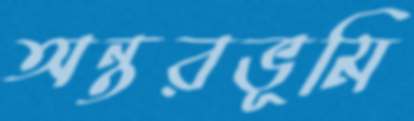
অন্তরভূমি